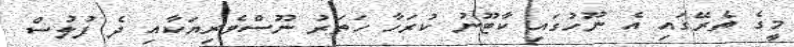
މީގެ ތެރޭގައި އެ ނޫހުގައި ކާޓޫނު ކުރަހާ ހަތަރު ނޫސްވެރިޔަކާއި ދެ ފުލުުސް